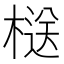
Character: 㮸